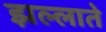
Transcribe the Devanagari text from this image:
झल्लाते